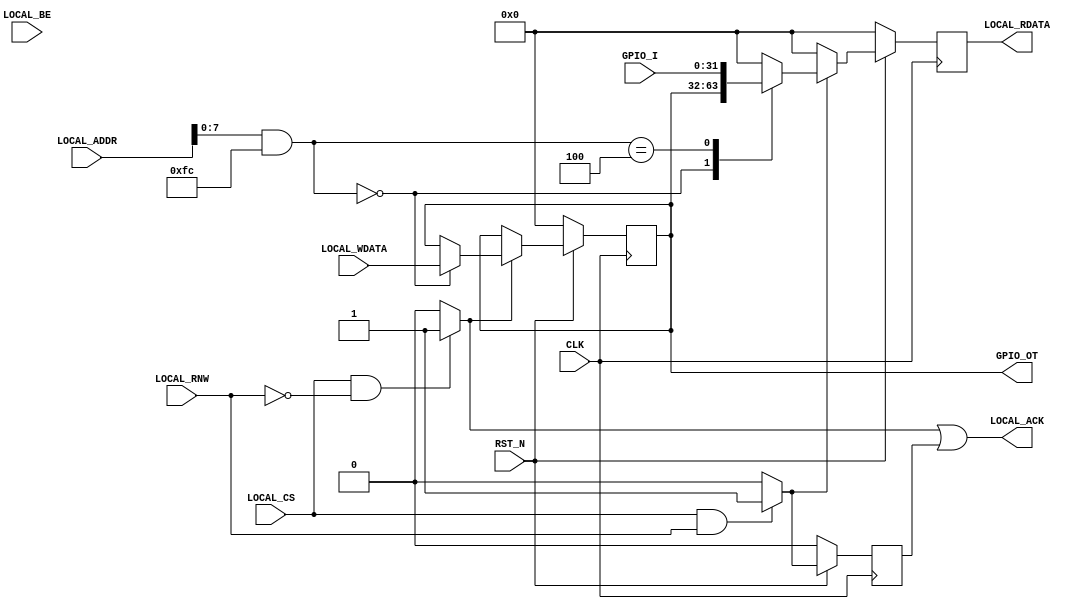
module fmrv32im_axi_gpio_ctrl
(
   input         RST_N,
   input         CLK,
   input         LOCAL_CS,
   input         LOCAL_RNW,
   output        LOCAL_ACK,
   input [31:0]  LOCAL_ADDR,
   input [3:0]   LOCAL_BE,
   input [31:0]  LOCAL_WDATA,
   output [31:0] LOCAL_RDATA,
   input [31:0]  GPIO_I,
   output [31:0] GPIO_OT
);
   localparam A_OUT   = 8'h00;
   localparam A_IN    = 8'h04;
   wire          wr_ena, rd_ena, wr_ack;
   reg           rd_ack;
   reg [31:0]    reg_gpio_o;
   reg [31:0]    reg_rdata;
   assign wr_ena = (LOCAL_CS & ~LOCAL_RNW)?1'b1:1'b0;
   assign rd_ena = (LOCAL_CS &  LOCAL_RNW)?1'b1:1'b0;
   assign wr_ack = wr_ena;
   always @(posedge CLK) begin
      if(!RST_N) begin
         reg_gpio_o <= 32'd0;
      end else begin
         if(wr_ena) begin
            case(LOCAL_ADDR[7:0] & 8'hFC)
              A_OUT: begin
                 reg_gpio_o <= LOCAL_WDATA;
              end
              default: begin
              end
            endcase
         end
      end
   end
   always @(posedge CLK) begin
      if(!RST_N) begin
         reg_rdata[31:0] <= 32'd0;
         rd_ack <= 1'b0;
      end else begin
         rd_ack <= rd_ena;
         if(rd_ena) begin
            case(LOCAL_ADDR[7:0] & 8'hFC)
              A_OUT: begin
               reg_rdata[31:0] <= reg_gpio_o[31:0];
              end
              A_IN: begin
                 reg_rdata[31:0] <= GPIO_I;
              end
              default: begin
                 reg_rdata[31:0] <= 32'd0;
              end
            endcase
         end else begin
            reg_rdata[31:0] <= 32'd0;
         end
      end
   end
   assign LOCAL_ACK         = (wr_ack | rd_ack);
   assign LOCAL_RDATA[31:0] = reg_rdata[31:0];
   assign GPIO_OT           = reg_gpio_o;
endmodule